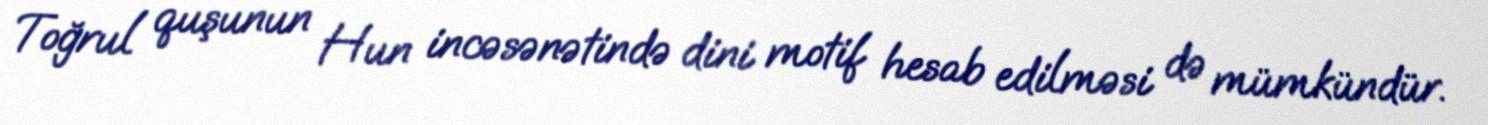
Toğrul quşunun Hun incəsənətində dini motif hesab edilməsi də mümkündür.